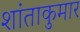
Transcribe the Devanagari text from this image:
शांताकुमार